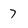
Character: 7